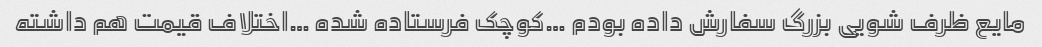
مایع ظرف شویی بزرگ سفارش داده بودم‌ …کوچک فرستاده شده …اختلاف قیمت هم داشته